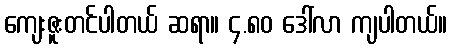
ကျေးဇူးတင်ပါတယ် ဆရာ။ ၄.၈၀ ဒေါ်လာ ကျပါတယ်။